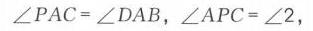
\(\angle PAC=\angle DAB\)，\(\angle APC=\angle 2\)，